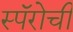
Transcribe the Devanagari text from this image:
स्पॅरोची